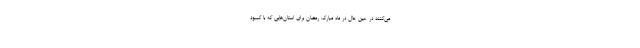
می‌کنند در عین حال در ماه مبارک رمضان برای استان‌هایی که با کمبود